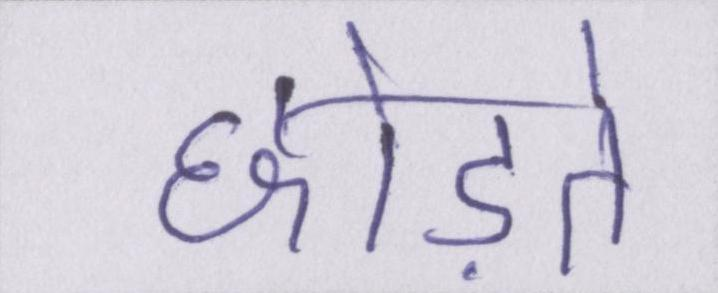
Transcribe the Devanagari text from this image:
छोड़ते